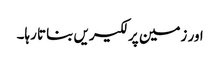
اور زمین پر لکیریں بناتا رہا۔